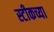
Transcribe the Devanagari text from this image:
स्टीकच्या